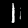
Label: 1